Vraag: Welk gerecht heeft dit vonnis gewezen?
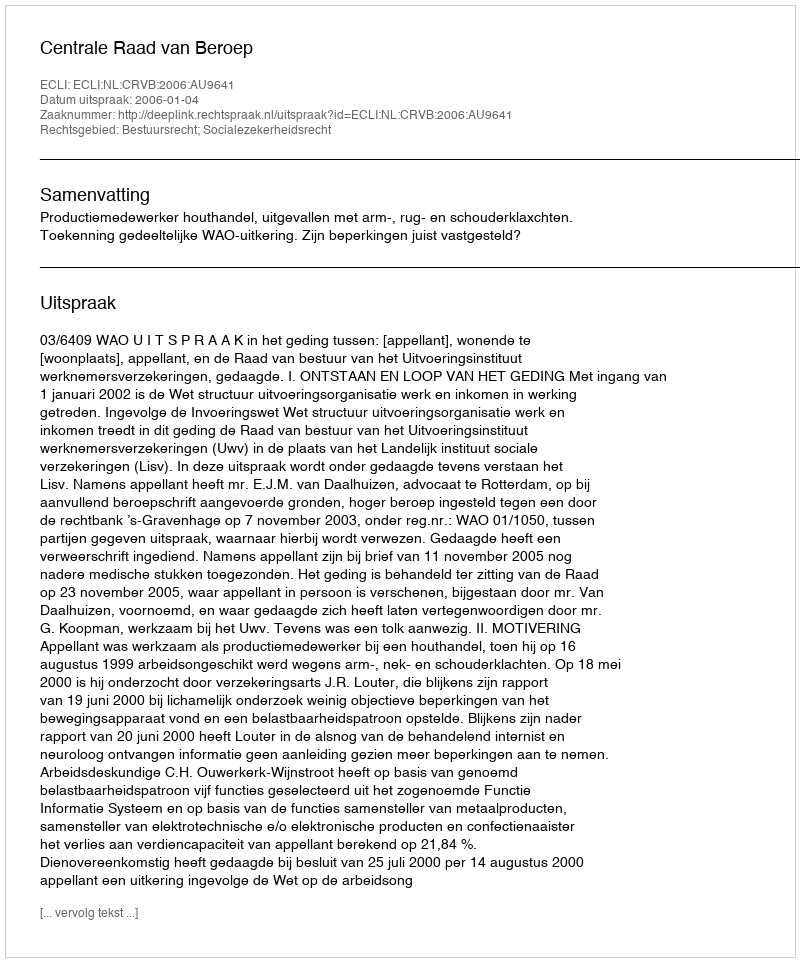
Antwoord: Centrale Raad van Beroep